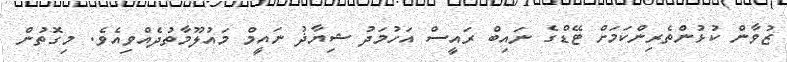
ޒުވާން ކުޅުންތެރިންކަމަށް ޓޭޑްގެ ނައިބް ރައީސް އަހުމަދު ޝިޔާޛު ނައީމް މައުލޫމާތުދެއްވިއެވެ. މިގޮތުން